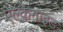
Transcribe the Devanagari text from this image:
ऐल्केनाइड